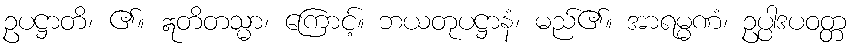
ဥပဋ္ဌာတိ၊ ၏။ ဣတိတသ္မာ၊ ကြောင့်။ ဘယတုပဋ္ဌာနံ၊ မည်၏။ အာရမ္မဏံ၊ ဥပ္ပါဒပဝတ္တ